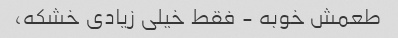
طعمش خوبه - فقط خیلی زیادی خشکه،